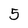
Character: 5